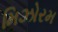
મિઝોરમ